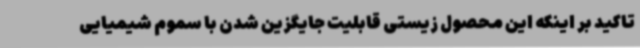
تاکید بر اینکه این محصول زیستی قابلیت جایگزین شدن با سموم شیمیایی